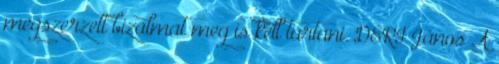
megszerzett bizalmat meg is kell tartani. DÉRI János A